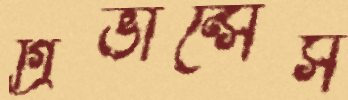
গ্রিভান্সেস